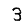
Digit: 3